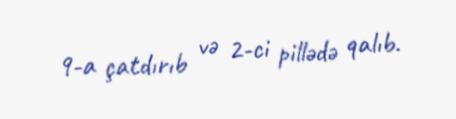
9-a çatdırıb və 2-ci pillədə qalıb.